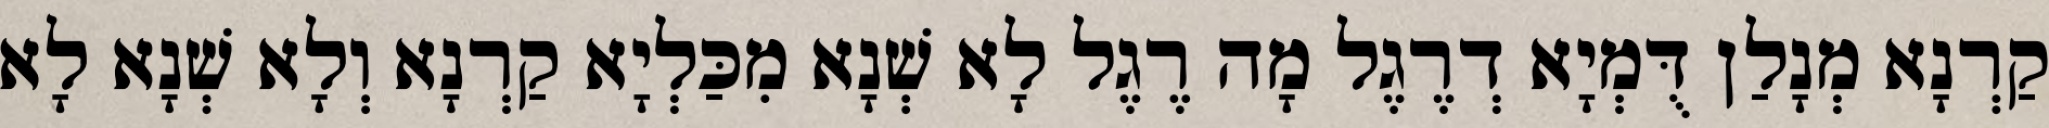
קַרְנָא מְנָלַן דֻּמְיָא דְרֶגֶל מָה רֶגֶל לָא שְׁנָא מִכַּלְיָא קַרְנָא וְלָא שְׁנָא לָא